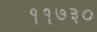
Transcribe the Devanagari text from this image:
११७३०